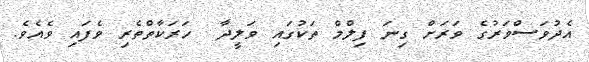
އެދުވަސްވަރުގެ ވަރަށް ގިނަ ފިލްމް ތަކުގައި ވަލީދާ  ހަރަކާތްތެރި ވެފައި ވެއެވެ.